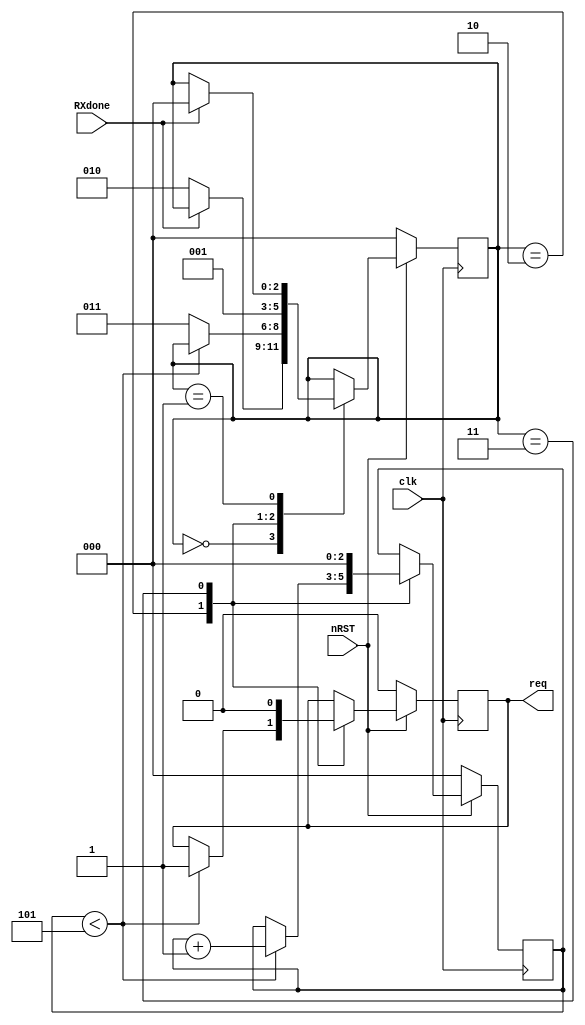
module requestform(clk,nRST,RXdone,req);
input clk;
input nRST;
input RXdone;
output reg req;
reg [2:0] cntclick;
reg [2:0] st;
`define WAITFORRXDONE 0
`define RXDONE 1
`define REQUESTFOAM 2
`define CLR 3

always@(posedge clk)
begin
	if(nRST == 1'b0)
	begin
		cntclick <= 3'b0;
		req <= 1'b0;
		st <= 3'b0;
	end
	else
	begin
	case(st)
		`WAITFORRXDONE:
		begin
			if(~RXdone) begin						//  RXdone
				st <= `REQUESTFOAM;
			end
		end
		`REQUESTFOAM:
		begin
			if(cntclick < 3'd5)
			begin
				req <= 1'b1;							// 
				cntclick <= cntclick+1'b1;	
			end
			else			
				st <= `CLR;
		end
		`CLR:
		begin
			req <= 1'b0;							//  
			cntclick <= 2'b0;
			st <= `RXDONE;
		end
		`RXDONE:
		begin
			if(RXdone)
				st <= `WAITFORRXDONE;
		end
	endcase
	end
end
endmodule